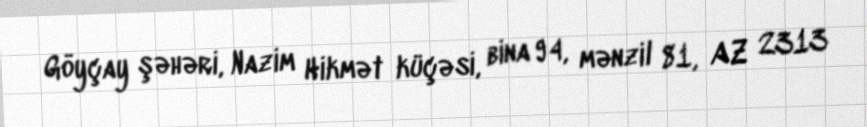
Göyçay şəhəri, Nazim Hikmət küçəsi, bina 94, mənzil 81, AZ 2313